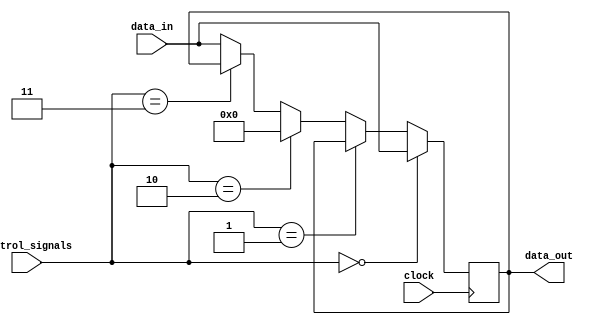
module bypass_register(
    input [3:0] data_in,
    input [3:0] control_signals,
    input clock,
    output reg [3:0] data_out
);

reg [3:0] data_reg;

always @(posedge clock) begin
    if(control_signals == 4'b0000) begin
        data_reg <= data_in;
    end else if(control_signals == 4'b0001) begin
        data_reg <= data_reg;
    end else if(control_signals == 4'b0010) begin
        data_reg <= 4'b0000;
    end else if(control_signals == 4'b0011) begin
        data_reg <= data_reg;
    end else begin
        data_reg <= data_in;
    end
end

assign data_out = data_reg;

endmodule